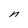
Character: n